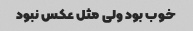
خوب بود ولی مثل عکس نبود